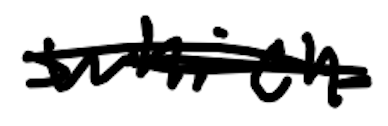
Text: which
Cross-out: scratch
Writing tool: digital_black